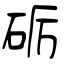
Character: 砺